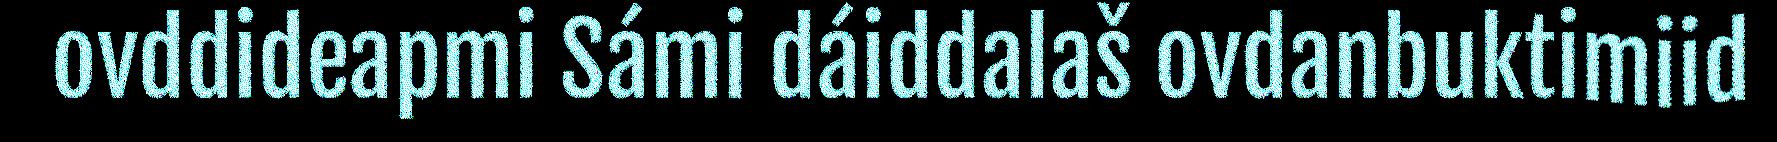
ovddideapmi Sámi dáiddalaš ovdanbuktimiid